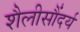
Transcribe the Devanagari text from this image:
शैलीसौंदर्य